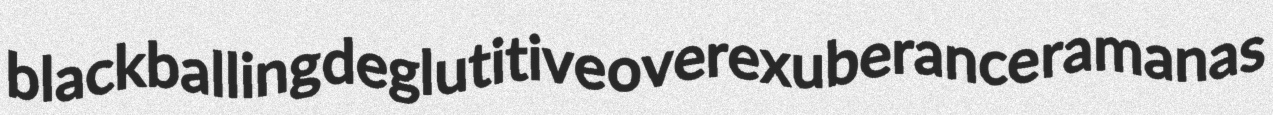
blackballing deglutitive overexuberance ramanas